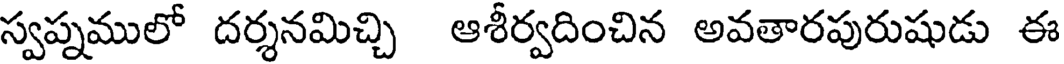
స్వప్నములో దర్శనమిచ్చి ఆశీర్వదించిన అవతారపురుషుడు ఈ